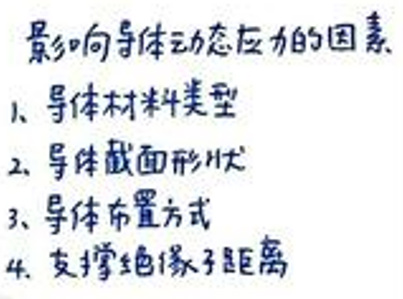
影响导体动态应力的因素
1. 导体材料类型
2. 导体截面形状
3. 导体布置方式
4. 支撑绝缘子距离